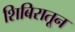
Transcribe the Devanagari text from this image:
शिबिरातून